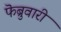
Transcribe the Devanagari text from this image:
फॆब्रुवारी